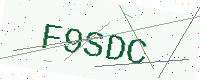
Text: F9SDC